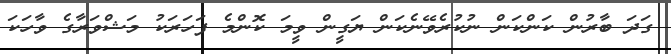
ގަދަ ބާރުން ކަންކަން ނުކުރެވޭނެކަން ޔަގީން ވީމަ ކޮންމެ ފަހަރަކު މަޝްވަރާގެ ވާހަކަ